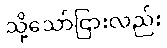
သို့သော်ငြားလည်း